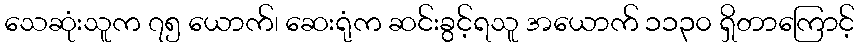
သေဆုံးသူက ၇၅ ယောက်၊ ဆေးရုံက ဆင်းခွင့်ရသူ အယောက် ၁၁၃၀ ရှိတာကြောင့်